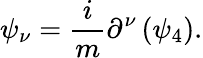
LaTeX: \psi_{\nu}=\frac{i}{m}\partial^{\nu}\left(\psi_{4}\right).